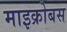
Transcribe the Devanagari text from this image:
माइक्रोबस